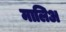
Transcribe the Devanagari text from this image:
मालिअ